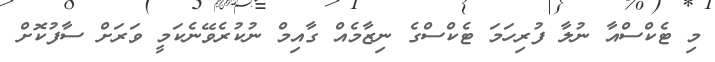
މި ޓެކްސްއާ ނުލާ ފުރިހަމަ ޓެކްސްގެ ނިޒާމެއް ގާއިމް ނުކުރެވޭނެކަމީ ވަރަށް ސާފުކޮށް